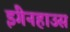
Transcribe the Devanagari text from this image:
इंगेनहाउस